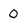
Character: 0